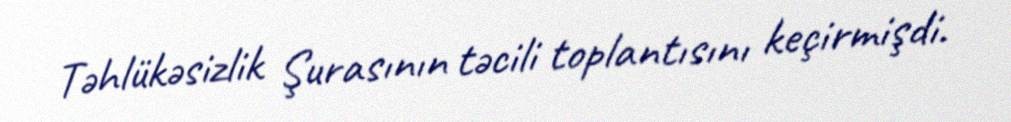
Təhlükəsizlik Şurasının təcili toplantısını keçirmişdi.